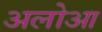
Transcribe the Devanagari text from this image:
अलोआ